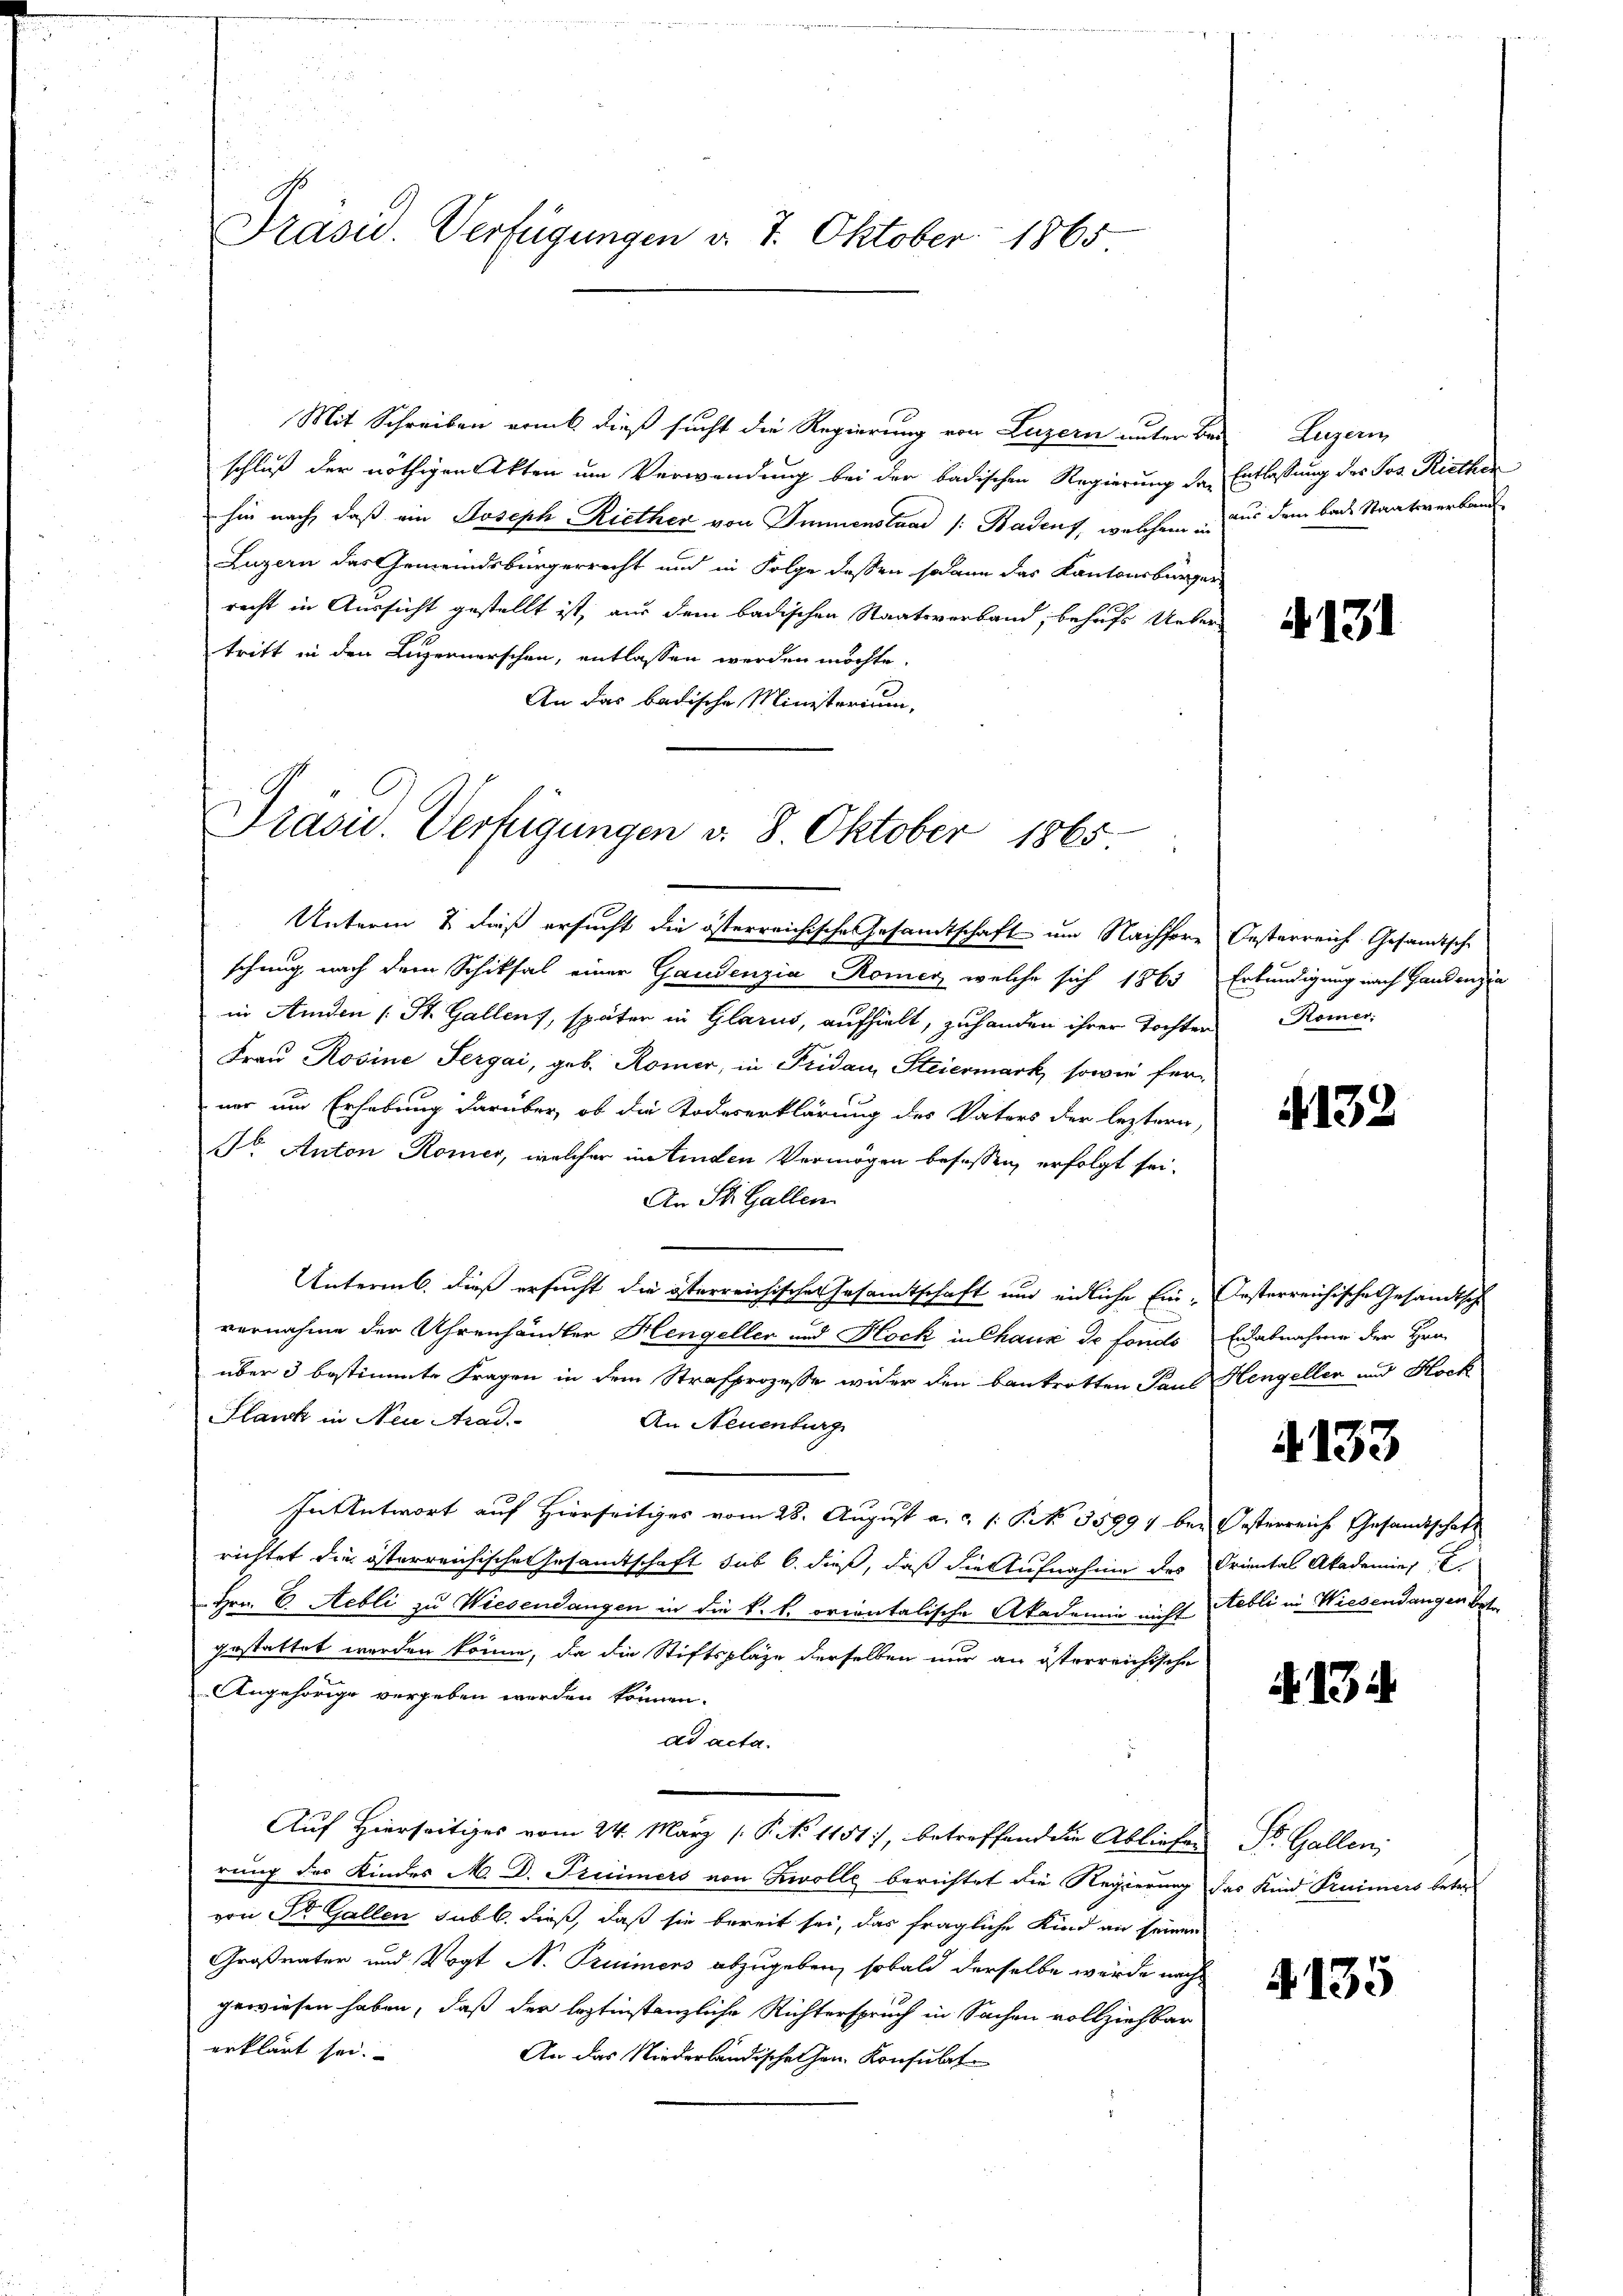
Präsid. Verfügungen d. 7. Oktober 1865

Mit Schreiben erint dieß sucht die Regierung von Luzern unter Bei Luzern
schluß der nöthigen Akten um Verwendung bei der badischen Regierung der Entlassung des Jos. Riethen
hin nach, daß ein Joseph Riether von Immenstand /: Badens, welchem aus dem bade Staatsverband
Luzern das Gemeindsbürgerrecht und in Folge dessen sodann das Kantonsbürger
recht in Aussicht gestellt ist, aus dem badischen Staatsverband, behufs Uebertritt in den Luzernerschen, entlassen werden möchte.
An das badische Ministerium,

e
Prasis. Verfügungen d. 8. Oktober 1865
Unterm & dieß ersucht die österreichische Gesamtschaft um Nachfore Oesterreich Gesandtsche

schung nach dem Schiksal einer Gaudenzia Romer, welche sich 1865 Erkundigung nach Gandenzia
in Amden St. Gallens, später in Glarus, aufhielt, zuhanden ihrer Tochter
Frau Rosine Sergai, geb. Romer, in Fridau, Steiermark, sowie ferner um Erhebung darüber, ob die Todeserklärung des Vaters der leztern,
So. Anton Römer, welcher instinden Vermögen befassen, erfolgt sei.
An St. Gallen
Untermb. dieß ersucht die österreichischer Gesamtschaft und eidliche Ein-Oesterreichische Gesandtsch
vernahme der Uhrenhändler Hengeller und Hock in Chaux de fonds
über 3 bestimmte Fragen in dem Strafprozesse wider den Bankrotten Paul Hengellen und Hock
Slank in Neu Arad.
An Neuenburg
Intntwort auf Hierseitiges vom 28. August a. ..  P. No 35994 bei Oesterreich Gesandtschaft
richtet die österreichische Gesandtschaft sub 6. dieß, daß die Aufnahme des
Hrn. C. Hebli zu Wiesendangen in die k. k. orientalische Akademie nicht abli in Wiesendangen bet
gestattet werden könne, da die Stiftspläge derselben nur an österreichische
Angehörige vergeben werden können.
dd acta.
Auf Hierseitiges vom 24. März ( P. No 1151, betreffend die Abliefen
rung des Kindes M. D. Preiimers von Kolle berichtet die Regierung das Kind Freimers betrevon St. Gallen subl. dieß, daß sie bereit sei, das fragliche Kind an seinen
Großvater und Vogt N. Trumens abzugeben, sobald derselbe würde nach
gewiesen haben, daß der leztinstanzliche Richterspruch in Sachen vollziehbar
erklärt sei.
An das Niederländischen han. Konsulat

4131

Keier.

4132

Enlabnahme der Hrn.

4133

Oriental Akademie

N. 134

Dr. Gallen;

4135